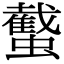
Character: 䘁